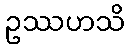
ဥဿဟသိ